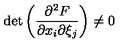
\det \left( { \frac { \partial \sp 2 F } { \partial x _ { i } \partial \xi _ { j } } } \right) \ne 0